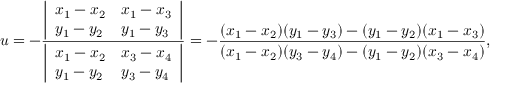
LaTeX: u = - { \frac { \left| \begin{array} { l l } { x _ { 1 } - x _ { 2 } } & { x _ { 1 } - x _ { 3 } } \\ { y _ { 1 } - y _ { 2 } } & { y _ { 1 } - y _ { 3 } } \end{array} \right| } { \left| \begin{array} { l l } { x _ { 1 } - x _ { 2 } } & { x _ { 3 } - x _ { 4 } } \\ { y _ { 1 } - y _ { 2 } } & { y _ { 3 } - y _ { 4 } } \end{array} \right| } } = - { \frac { ( x _ { 1 } - x _ { 2 } ) ( y _ { 1 } - y _ { 3 } ) - ( y _ { 1 } - y _ { 2 } ) ( x _ { 1 } - x _ { 3 } ) } { ( x _ { 1 } - x _ { 2 } ) ( y _ { 3 } - y _ { 4 } ) - ( y _ { 1 } - y _ { 2 } ) ( x _ { 3 } - x _ { 4 } ) } } ,